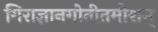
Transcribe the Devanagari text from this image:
गिराज्ञानगोतीतमीशम्